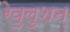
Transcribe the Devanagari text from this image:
रेवुलुशन